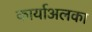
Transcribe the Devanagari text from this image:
कार्याअलका